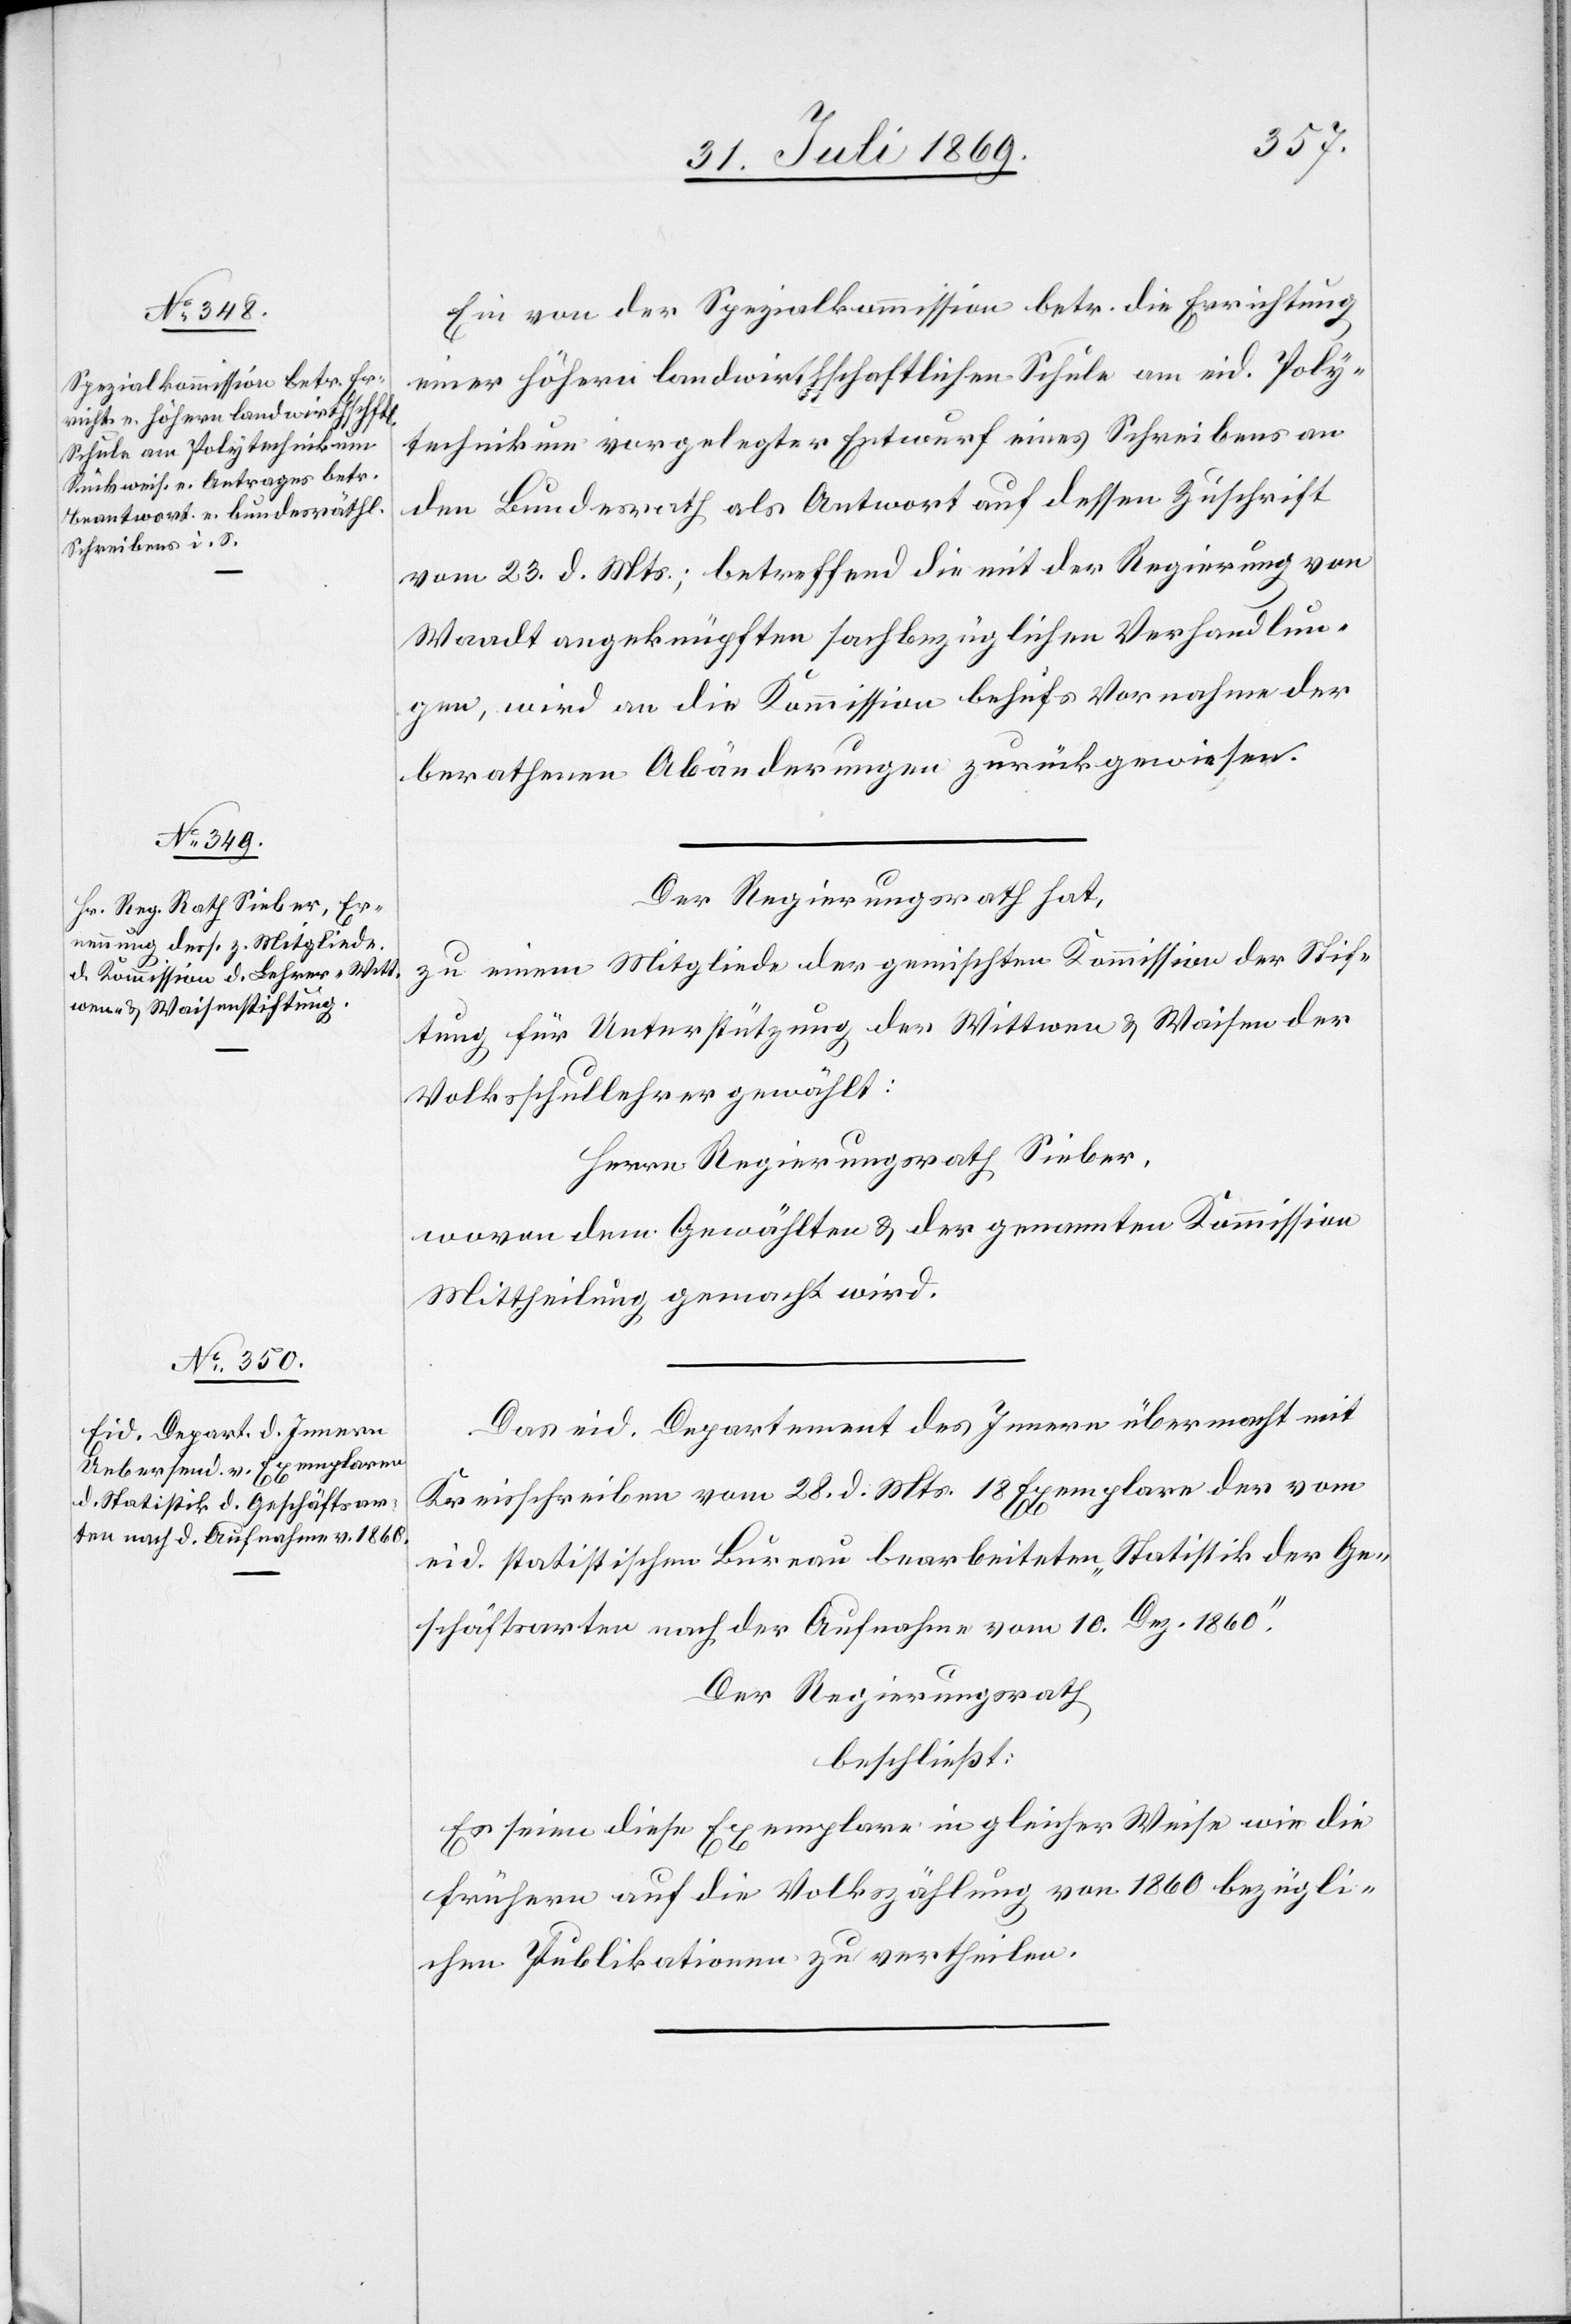
Ein von der Spezialkommission betr. die Errichtung
einer höhern landwirthschaftlichen Schule am eid. Poly¬
technikum vorgelegter Entwurf eines Schreibens an
den Bundesrath als Antwort auf dessen Zuschrift
vom 23 d. Mts.; betreffend die mit der Regierung von
Waadt angeknüpften sachbezüglichen Verhandlun¬
gen, wird an die Kommission behufs Vornahme der
berathenen Abänderungen zurückgewiesen.
Der Regierungsrath hat,
zu einem Mitgliede der gemischten Kommission der Stif¬
tung für Unterstützung der Wittwen u. Waisen der
Volksschullehrer gewählt:
Herrn Regierungsrath Sieber,
wovon dem Gewählten u. der genannten Kommission
Mittheilung gemacht wird.
Das eid. Departement des Innern übermacht mit
Kreisschreiben vom 28 d. Mts. 18 Exemplare der vom
eid. statistischen Bureau bearbeiteten „Statistik der Ge¬
schäftsarten nach der Aufnahme vom 10 Dez. 1860.“
Der Regierungsrath
beschließt:
Es seien diese Exemplare in gleicher Weise wie die
frühern auf die Volkszählung von 1860 bezügli¬
chen Publikationen zu vertheilen.